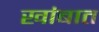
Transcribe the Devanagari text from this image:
खांबात